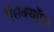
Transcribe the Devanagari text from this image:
ऍसक्यूऍल